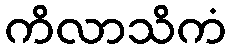
ကိလာသိကံ